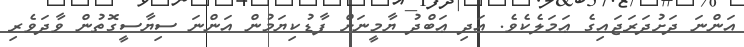
އަންނަ ދަށުދަރަޖައިގެ ޢަމަލެކެވެ. އަދި ޢަބްދު ޔާމީނަށް ފާޑުކިޔަމުން އަންނަ ސިޔާސީގޮތުން ވާދަވެރި